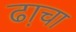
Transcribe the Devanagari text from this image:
ढा़चा